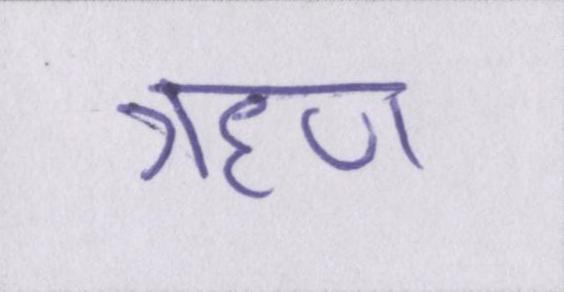
ॠण